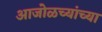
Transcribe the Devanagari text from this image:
आजोळच्यांच्या